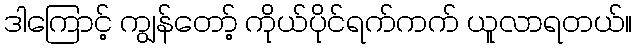
ဒါကြောင့် ကျွန်တော့် ကိုယ်ပိုင်ရက်ကက် ယူလာရတယ်။